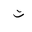
Letter: _ta